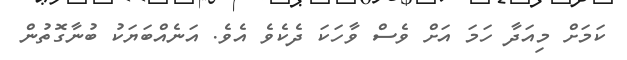
ކަމަށް މިއަދާ ހަމަ އަށް ވެސް ވާހަކަ ދެކެވެ އެވެ. އަނެއްބަޔަކު ބުނާގޮތުން